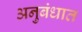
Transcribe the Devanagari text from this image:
अनुबंधात